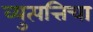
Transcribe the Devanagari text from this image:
व्युत्पत्तिचा